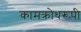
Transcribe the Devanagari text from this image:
कामक्रोधरूपी